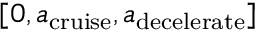
[ 0 , { a _ { \mathrm { { c r u i s e } } } } , { a _ { \mathrm { { d e c e l e r a t e } } } } ]